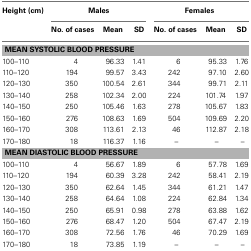
| Height (cm) | <COLSPAN=3> Males | <COLSPAN=3> Females |
 |  | No. of cases | Mean | SD | No. of cases | Mean | SD |
 | --- | --- | --- | --- | --- | --- | --- |
 | <COLSPAN=7> MEAN SYSTOLIC BLOOD PRESSURE |
 | 100–110 | 4 | 96.33 | 1.41 | 6 | 95.33 | 1.76 |
 | 110–120 | 194 | 99.57 | 3.43 | 242 | 97.10 | 2.60 |
 | 120–130 | 350 | 100.54 | 2.61 | 344 | 99.71 | 2.11 |
 | 130–140 | 258 | 102.34 | 2.00 | 224 | 101.74 | 1.97 |
 | 140–150 | 250 | 105.46 | 1.63 | 278 | 105.67 | 1.83 |
 | 150–160 | 276 | 108.63 | 1.69 | 504 | 109.69 | 2.20 |
 | 160–170 | 308 | 113.61 | 2.13 | 46 | 112.87 | 2.18 |
 | 170–180 | 18 | 116.37 | 1.16 | – | – | – |
 | <COLSPAN=7> MEAN DIASTOLIC BLOOD PRESSURE |
 | 100–110 | 4 | 56.67 | 1.89 | 6 | 57.78 | 1.69 |
 | 110–120 | 194 | 60.39 | 3.28 | 242 | 58.41 | 2.19 |
 | 120–130 | 350 | 62.64 | 1.45 | 344 | 61.21 | 1.47 |
 | 130–140 | 258 | 64.64 | 1.08 | 224 | 62.84 | 1.34 |
 | 140–150 | 250 | 65.91 | 0.98 | 278 | 63.88 | 1.62 |
 | 150–160 | 276 | 68.47 | 1.20 | 504 | 67.47 | 2.19 |
 | 160–170 | 308 | 72.56 | 1.76 | 46 | 70.29 | 1.69 |
 | 170–180 | 18 | 73.85 | 1.19 | – | – | – |